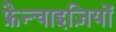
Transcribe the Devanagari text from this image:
फ्रैन्चाइज़ियों